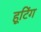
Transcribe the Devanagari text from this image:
हूटिंग